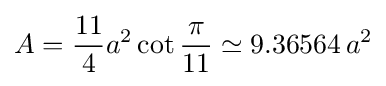
A={\frac {11}{4}}a^{2}\cot {\frac {\pi }{11}}\simeq 9.36564\,a^{2}